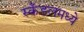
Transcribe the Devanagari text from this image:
स्कँडलमध्ये